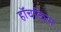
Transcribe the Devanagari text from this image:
हॉचकिस